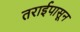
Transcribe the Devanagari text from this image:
तराईपासून